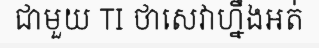
ជាមួយ TI ថាសេវាហ្នឹងអត់